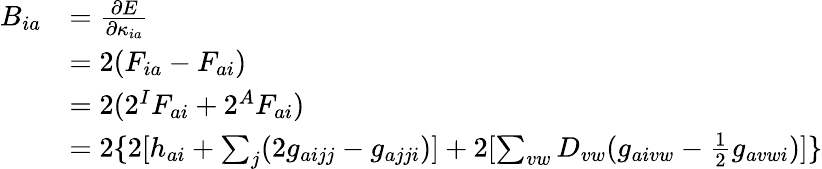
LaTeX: \begin{array}{rl}{B_{ia}}&{=\frac{\partial E}{\partial\kappa_{ia}}}\\ &{=2(F_{ia}-F_{ai})}\\ &{=2(2^{I}F_{ai}+2^{A}F_{ai})}\\ &{=2\{ 2[h_{ai}+\sum_{j}(2g_{aijj}-g_{ajji})]+2[\sum_{vw}D_{vw}(g_{aivw}-\frac{1}{2}g_{avwi})]\} }\end{array}